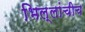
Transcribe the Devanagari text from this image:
भिल्लांचीच